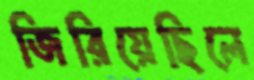
জিরিয়েছিলে